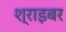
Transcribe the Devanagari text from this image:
श्राइबर